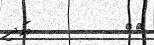
٥١         އަދި